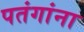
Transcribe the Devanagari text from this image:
पतंगांना